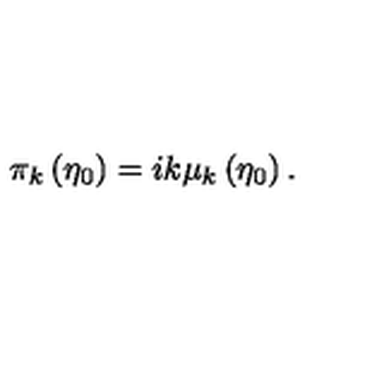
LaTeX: \pi _ { k } \left( \eta _ { 0 } \right) = i k \mu _ { k } \left( \eta _ { 0 } \right) .